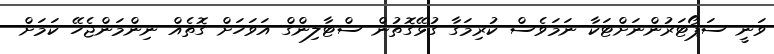
ވަނީ ސަޕޯޓަރުންނަށްޓަކާ ނަމަވެސް ކުރިމަގާ ގުޅޭގޮތުން ސްޓާލިންގް އަވަހަށް ގޮތެއް ނިންމަންޖެހޭ ކަމަށް